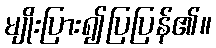
မျိုးပြား၍ပြပြန်၏။